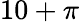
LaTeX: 10+\pi